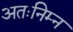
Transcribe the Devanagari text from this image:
अतःनिम्न